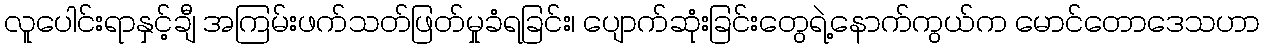
လူပေါင်းရာနှင့်ချီ အကြမ်းဖက်သတ်ဖြတ်မှုခံရခြင်း၊ ပျောက်ဆုံးခြင်းတွေရဲ့နောက်ကွယ်က မောင်တောဒေသဟာ